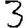
Digit: 3